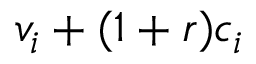
v _ { i } + ( 1 + r ) c _ { i }